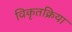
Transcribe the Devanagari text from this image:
विकृतक्रिया